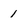
Character: 1